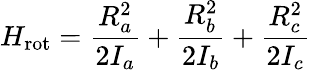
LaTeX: H_{\mathrm{rot}}=\frac{R_{a}^{2}}{2I_{a}}+\frac{R_{b}^{2}}{2I_{b}}+\frac{R_{c}^{2}}{2I_{c}}